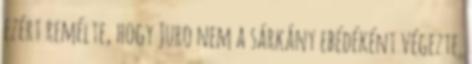
ezért remélte, hogy Juro nem a sárkány ebédéként végezte.